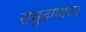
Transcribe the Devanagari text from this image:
समुदायांवर